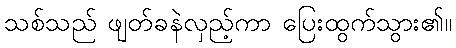
သစ်သည် ဖျတ်ခနဲလှည့်ကာ ပြေးထွက်သွား၏။